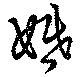
婚